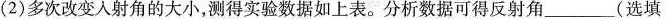
(2)多次改变入射角的大小，测得实验数据如上表。分析数据可得反射角___(选填